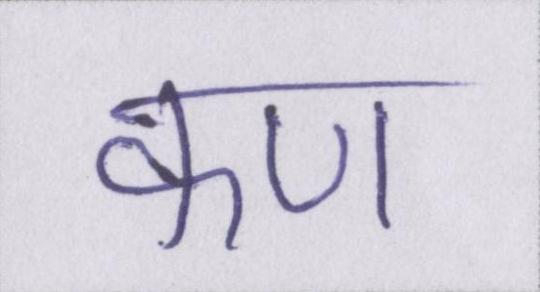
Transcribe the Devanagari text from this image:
कण